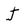
Character: J